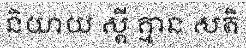
និយាយ ស្តី គ្មាន សតិ